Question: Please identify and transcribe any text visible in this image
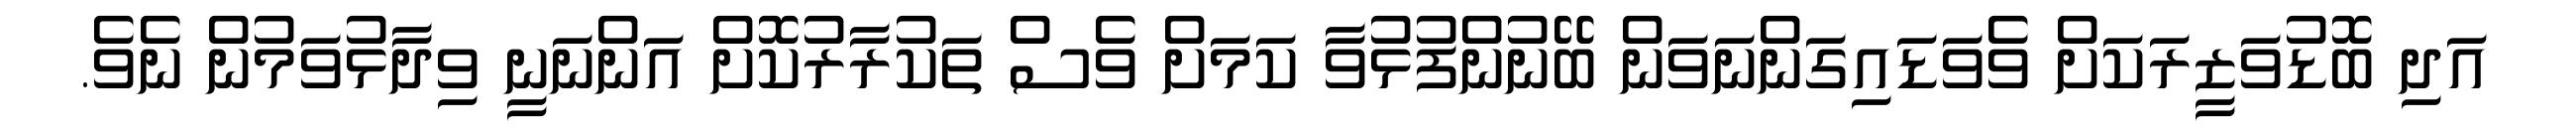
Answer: އަދި ބޮޑުވަޒީރަކަށް ވެވަޑައިގަންނަވަން ބޭނުންފުޅުވާ ކަމަށް ވެސް ތަކުރާރުކޮށް އަންނަނީ ވިދާޅުވަމުން ނެވެ.